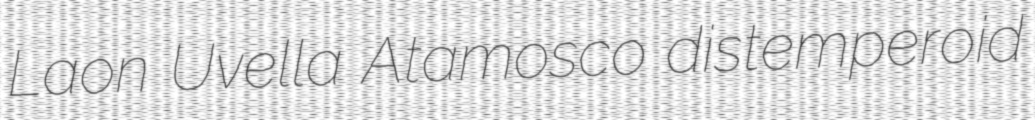
Laon Uvella Atamosco distemperoid